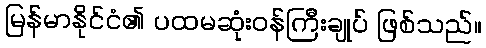
မြန်မာနိုင်ငံ၏ ပထမဆုံးဝန်ကြီးချုပ် ဖြစ်သည်။